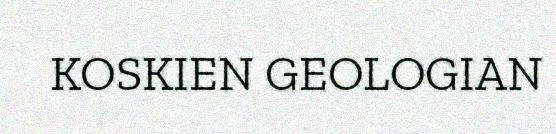
KOSKIEN GEOLOGIAN